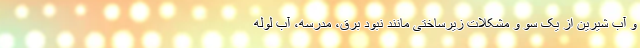
و آب شیرین از یک سو و مشکلات زیرساختی مانند نبود برق، مدرسه، آب لوله